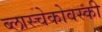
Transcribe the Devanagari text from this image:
ब्लास्चेकोवस्की